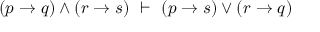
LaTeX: ( p \to q ) \land ( r \to s ) \ \vdash \ ( p \to s ) \lor ( r \to q )